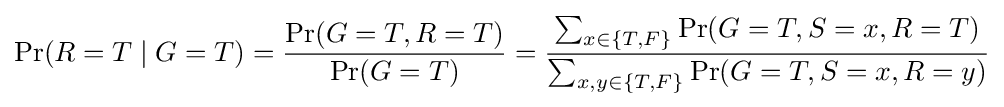
\Pr(R=T\mid G=T)={\frac {\Pr(G=T,R=T)}{\Pr(G=T)}}={\frac {\sum _{x\in \{T,F\}}\Pr(G=T,S=x,R=T)}{\sum _{x,y\in \{T,F\}}\Pr(G=T,S=x,R=y)}}